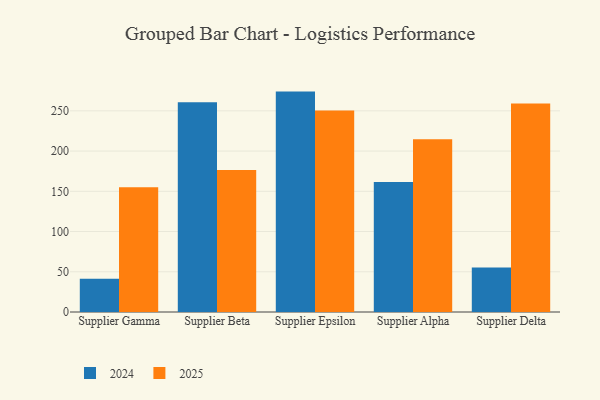
{"axis": {"x": "Supplier", "y": "Bounce Rate (%)"}, "legend": ["2024", "2025"], "data": [{"x": "Supplier Gamma", "y": 155.1, "type": "2025"}, {"x": "Supplier Gamma", "y": 41.3, "type": "2024"}, {"x": "Supplier Beta", "y": 176.4, "type": "2025"}, {"x": "Supplier Beta", "y": 260.8, "type": "2024"}, {"x": "Supplier Epsilon", "y": 250.5, "type": "2025"}, {"x": "Supplier Epsilon", "y": 273.9, "type": "2024"}, {"x": "Supplier Alpha", "y": 214.6, "type": "2025"}, {"x": "Supplier Alpha", "y": 161.5, "type": "2024"}, {"x": "Supplier Delta", "y": 259.2, "type": "2025"}, {"x": "Supplier Delta", "y": 55.3, "type": "2024"}]}